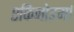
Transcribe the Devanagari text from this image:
एकिनोडर्मा